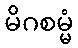
မိဂစမ္မံ